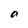
Character: a